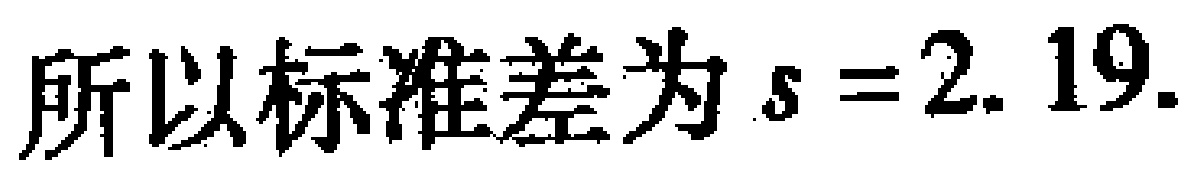
所以标准差为 \(s = 2.19\).